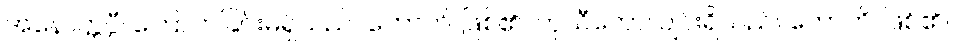
အနောတ္တပ္ပီ၊ ကြောက်ခြင်းမရှိသည်။ ဟောတိ၊ ဖြစ်၏။ ကုသီတော၊ ပျင်းရိသည်။ ဟောတိ၊ ဖြစ်၏။